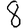
Digit: 8